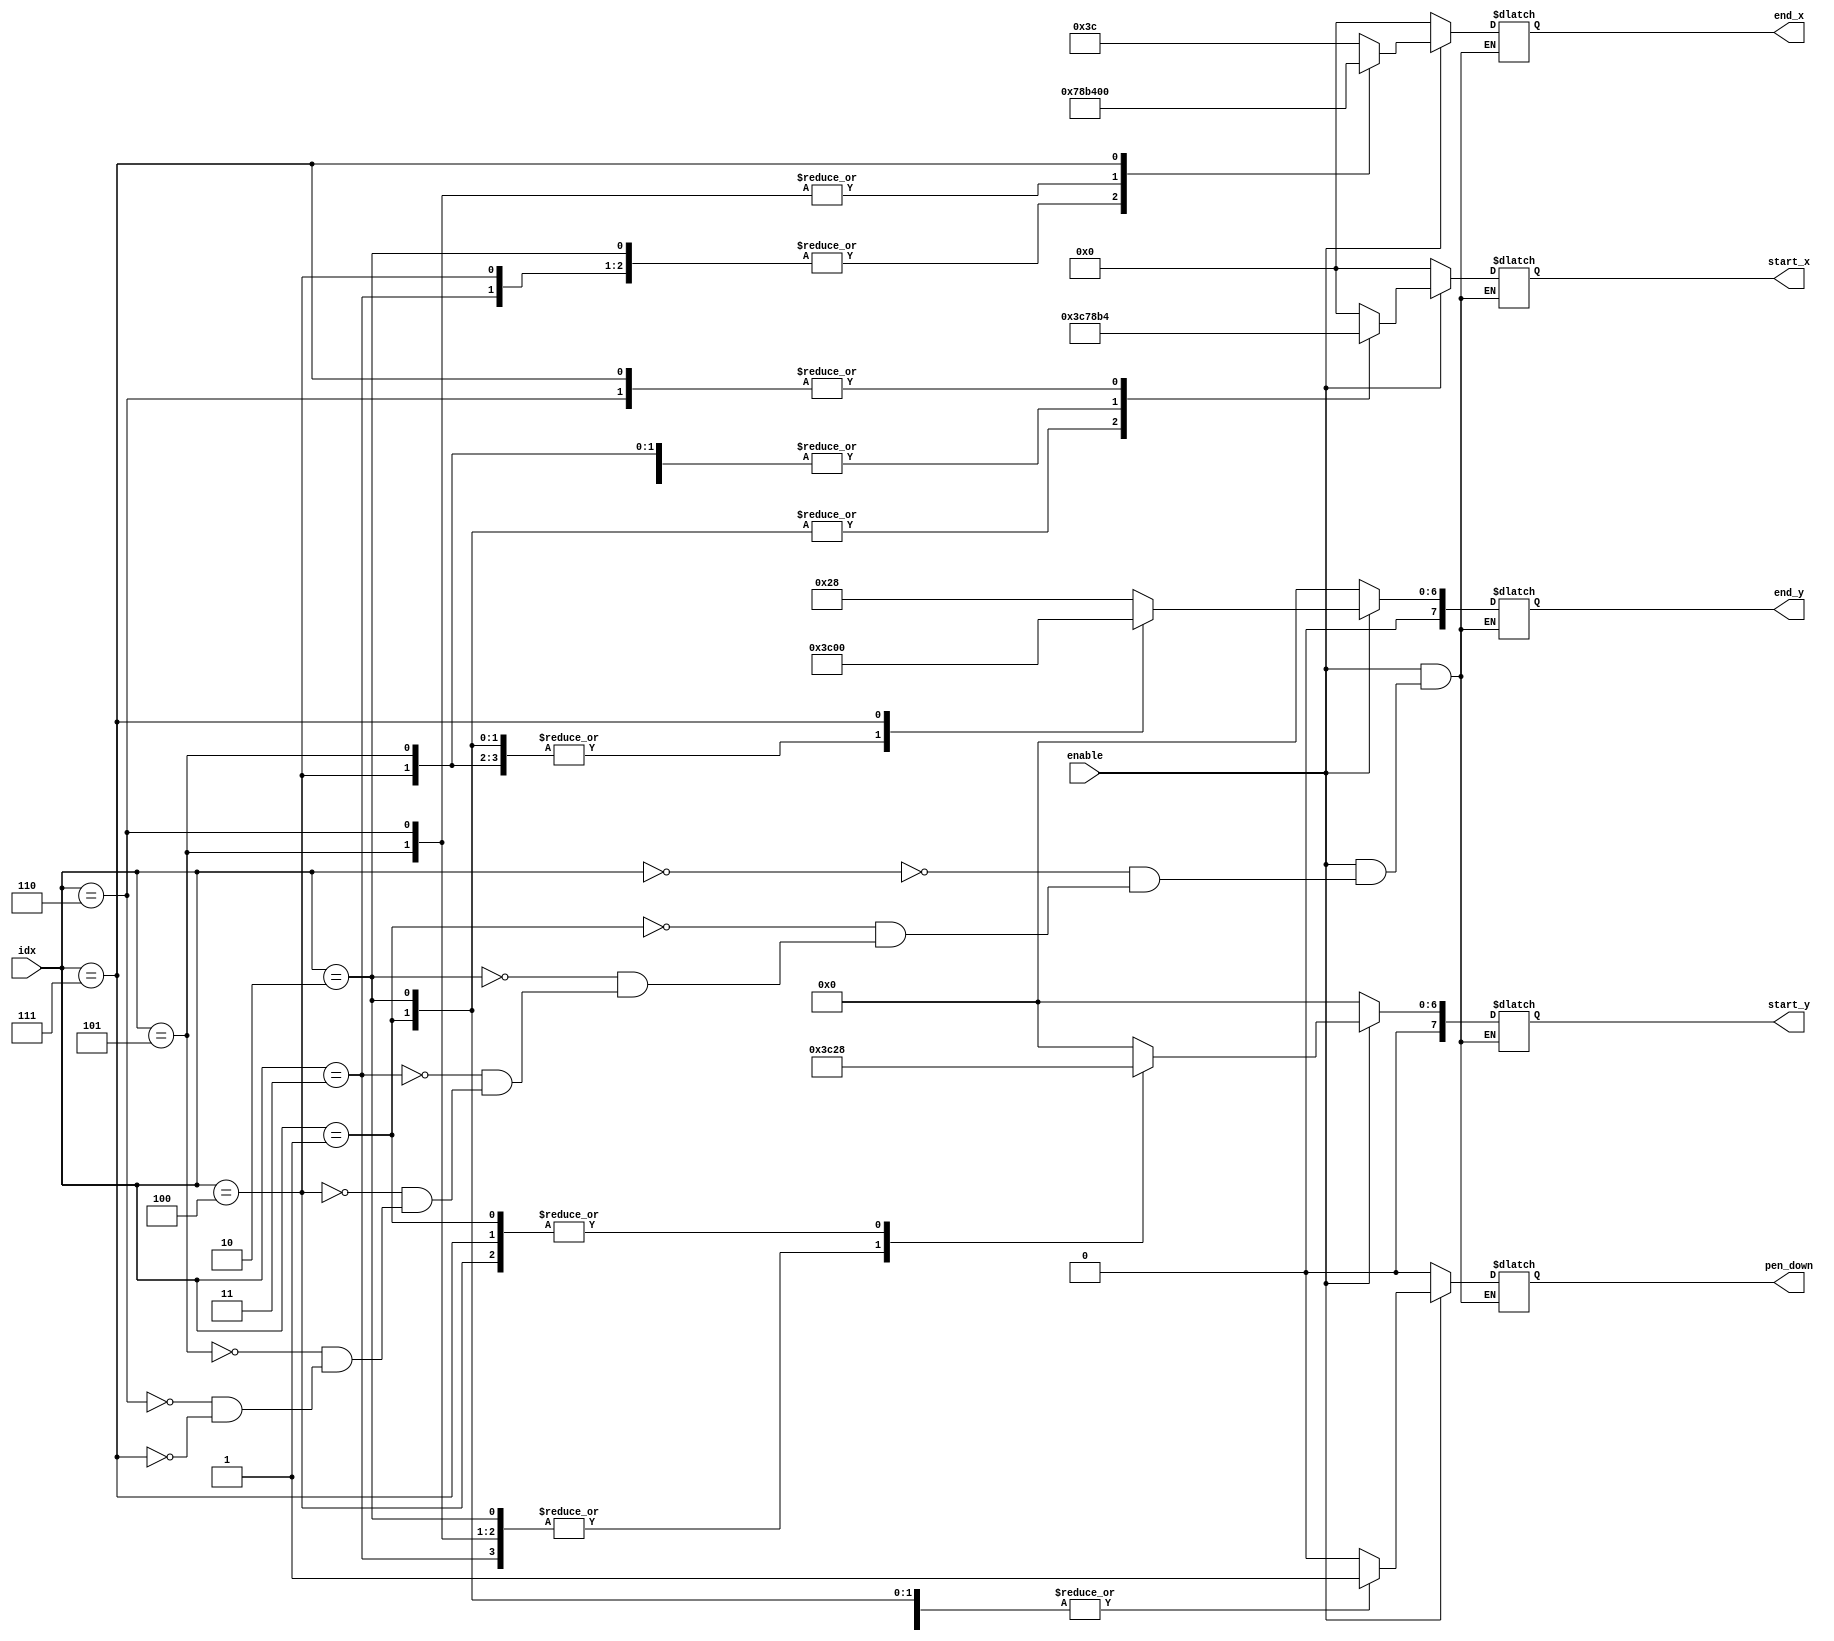
`timescale 1ns / 1ps
//////////////////////////////////////////////////////////////////////////////////
// Company: 
// Engineer: 
// 
// Design Name: 
// Module Name: num3
// Project Name: 
// Target Devices: 
// Tool Versions: 
// Description: 
// 
// Dependencies: 
// 
// Revision:
// Revision 0.01 - File Created
// Additional Comments:
// 
//////////////////////////////////////////////////////////////////////////////////



module num3(
    input [4:0] idx,
    input enable,
    output reg [7:0] start_x,
    output reg [7:0] start_y,
    output reg [7:0] end_x,
    output reg [7:0] end_y,
    output reg pen_down
);
    always@(*)begin
        if(enable)begin
            case(idx)
            5'd0:begin
                start_x = 8'd0;
                start_y = 8'd0;
                end_x = 8'd60;
                end_y = 8'd40;
                pen_down = 1'b0;
            end
            5'd1:begin
                start_x = 8'd60;
                start_y = 8'd40;
                end_x = 8'd60;
                end_y = 8'd120;
                pen_down = 1'b1;
            end
            5'd2:begin
                start_x = 8'd60;
                start_y = 8'd120;
                end_x = 8'd120;
                end_y = 8'd120;
                pen_down = 1'b1;
            end
            5'd3:begin
                start_x = 8'd120;
                start_y = 8'd120;
                end_x = 8'd120;
                end_y = 8'd40;
                pen_down = 1'b1;
            end
            5'd4:begin
                start_x = 8'd120;
                start_y = 8'd40;
                end_x = 8'd120;
                end_y = 8'd120;
                pen_down = 1'b1;
            end
            5'd5:begin
                start_x = 8'd120;
                start_y = 8'd120;
                end_x = 8'd180;
                end_y = 8'd120;
                pen_down = 1'b1;
            end
            5'd6:begin
                start_x = 8'd180;
                start_y = 8'd120;
                end_x = 8'd180;
                end_y = 8'd40;
                pen_down = 1'b1;
            end
            5'd7:begin
                start_x = 8'd180;
                start_y = 8'd40;
                end_x = 8'd0;
                end_y = 8'd0;
                pen_down = 1'b0;
            end
        endcase
        end
        else begin
            start_x = 8'd0;
            start_y = 8'd0;
            end_x = 8'd0;
            end_y = 8'd0;
            pen_down = 1'b0;
        end
    end
endmodule